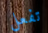
تفعل